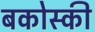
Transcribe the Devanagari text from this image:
बकोस्की